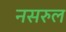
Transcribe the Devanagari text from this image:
नसरुल